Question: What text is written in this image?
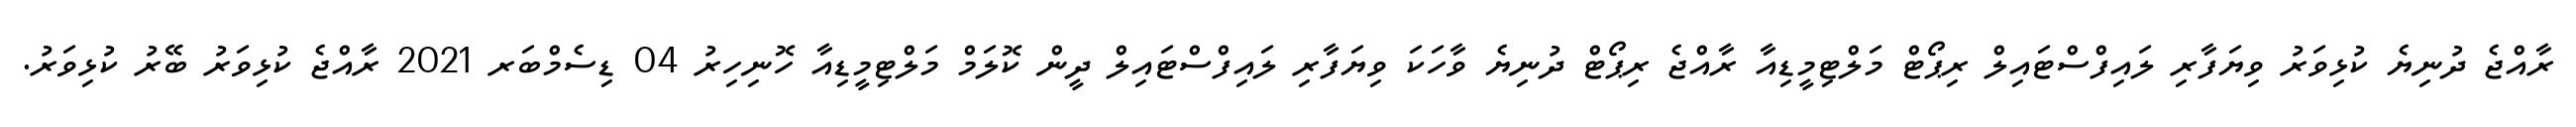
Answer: ރާއްޖެ ދުނިޔެ ކުޅިވަރު ވިޔަފާރި ލައިފްސްޓައިލް ރިޕޯޓް މަލްޓިމީޑިއާ ރާއްޖެ ރިޕޯޓް ދުނިޔެ ވާހަކަ ވިޔަފާރި ލައިފްސްޓައިލް ދީން ކޮލަމް މަލްޓިމީޑިއާ ހޮނިހިރު 04 ޑިސެމްބަރ 2021 ރާއްޖެ ކުޅިވަރު ބޭރު ކުޅިވަރު.